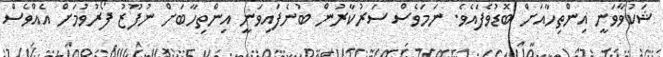
ޝަކުވާވަނީ އިންތިހާއަށް ބޮޑުވެފައެވެ. ނަމަވެސް ސަރުކާރުން ބުނެފައިވަނީ އިންތިހާބަށް ނުފޫޒު ފޯރުވުމަށް އެއްވެސް